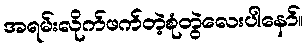
အရမ်းလိုက်ဖက်တဲ့စုံတွဲလေးပါနော်။